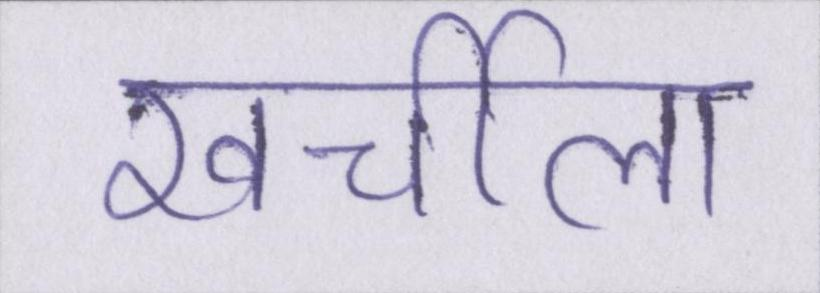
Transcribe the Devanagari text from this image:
खर्चीला